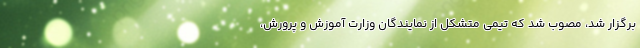
برگزار شد، مصوب شد که تیمی متشکل از نمایندگان وزارت آموزش و پرورش،